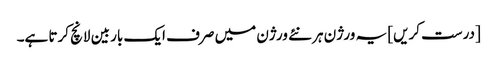
[درست کریں] یہ ورژن ہر نئے ورژن میں صرف ایک بار بین لانچ کرتا ہے۔